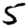
Digit: 5